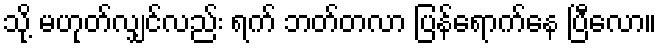
သို့ မဟုတ်လျှင်လည်း ရက် ဘတ်တလာ ပြန်ရောက်နေ ပြီလော။